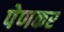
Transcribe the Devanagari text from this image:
पेणकर